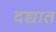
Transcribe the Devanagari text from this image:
दद्यात